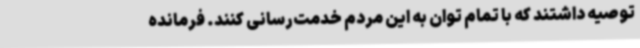
توصیه داشتند که با تمام توان به این مردم خدمت‌رسانی کنند. فرمانده